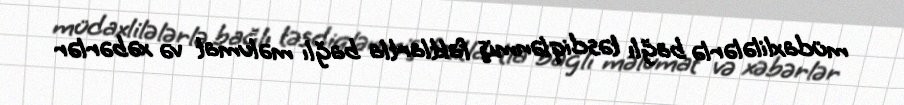
müdaxlilələrlə bağlı təsdiqlənmiş faktlartla bağlı məlumat və xəbərlər